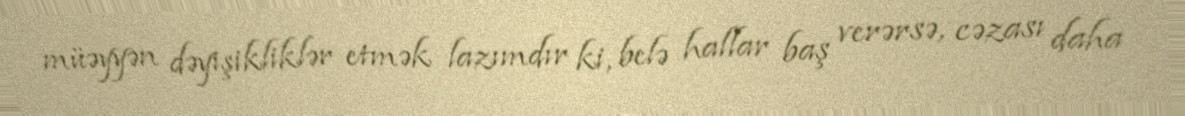
müəyyən dəyişikliklər etmək lazımdır ki, belə hallar baş verərsə, cəzası daha